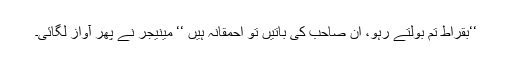
‘‘بقراط تم بولتے رہو، ان صاحب کی باتیں تو احمقانہ ہیں ‘‘ مینیجر نے پھر آواز لگائی۔